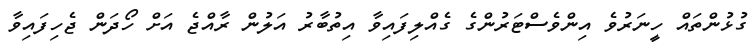
ގުޅުންތައް ހީނަރުވެ އިންވެސްޓަރުންގެ ގެއްލިފައިވާ އިތުބާރު އަލުން ރާއްޖެ އަށް ހޯދަން ޖެހިފައިވާ